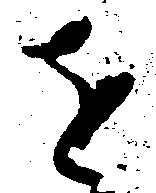
を